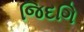
જિદગિ